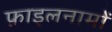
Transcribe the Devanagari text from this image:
फ़ाइलनामों